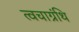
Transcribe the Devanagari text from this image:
त्वचाग्रंथि